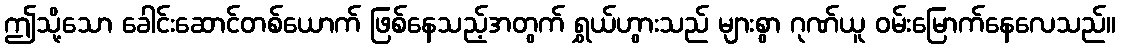
ဤသို့သော ခေါင်းဆောင်တစ်ယောက် ဖြစ်နေသည့်အတွက် ရွှယ်ဟွားသည် များစွာ ဂုဏ်ယူ ဝမ်းမြောက်နေလေသည်။